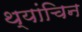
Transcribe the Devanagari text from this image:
थ्यांचिन